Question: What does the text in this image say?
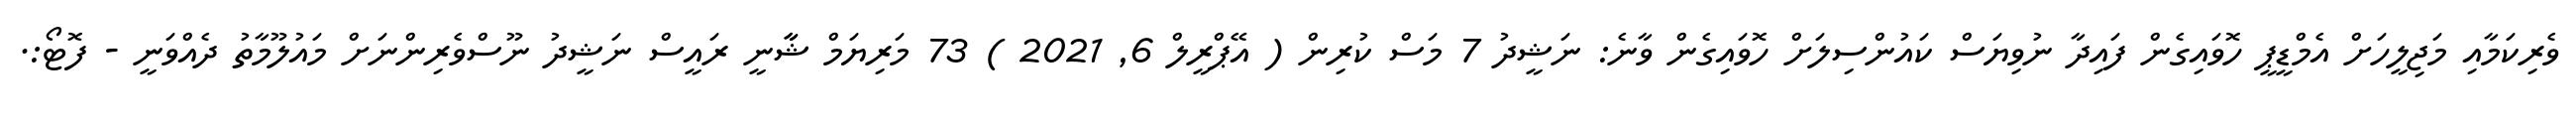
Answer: ވެރިކަމާއި މަޖިލީހަށް އެމްޑީޕީ ހޮވައިގެން ފައިދާ ނުވިޔަސް ކައުންސިލަށް ހޮވައިގެން ވާނެ: ނަޝީދު 7 މަސް ކުރިން ( އޭޕްރީލް 6, 2021 ) 73 މަރިޔަމް ޝާާނީ ރައީސް ނަޝީދު ނޫސްވެރިންނަށް މައުލޫމާތު ދެއްވަނީ - ފޮޓޯ:.